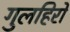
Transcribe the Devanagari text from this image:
गुलहिरो